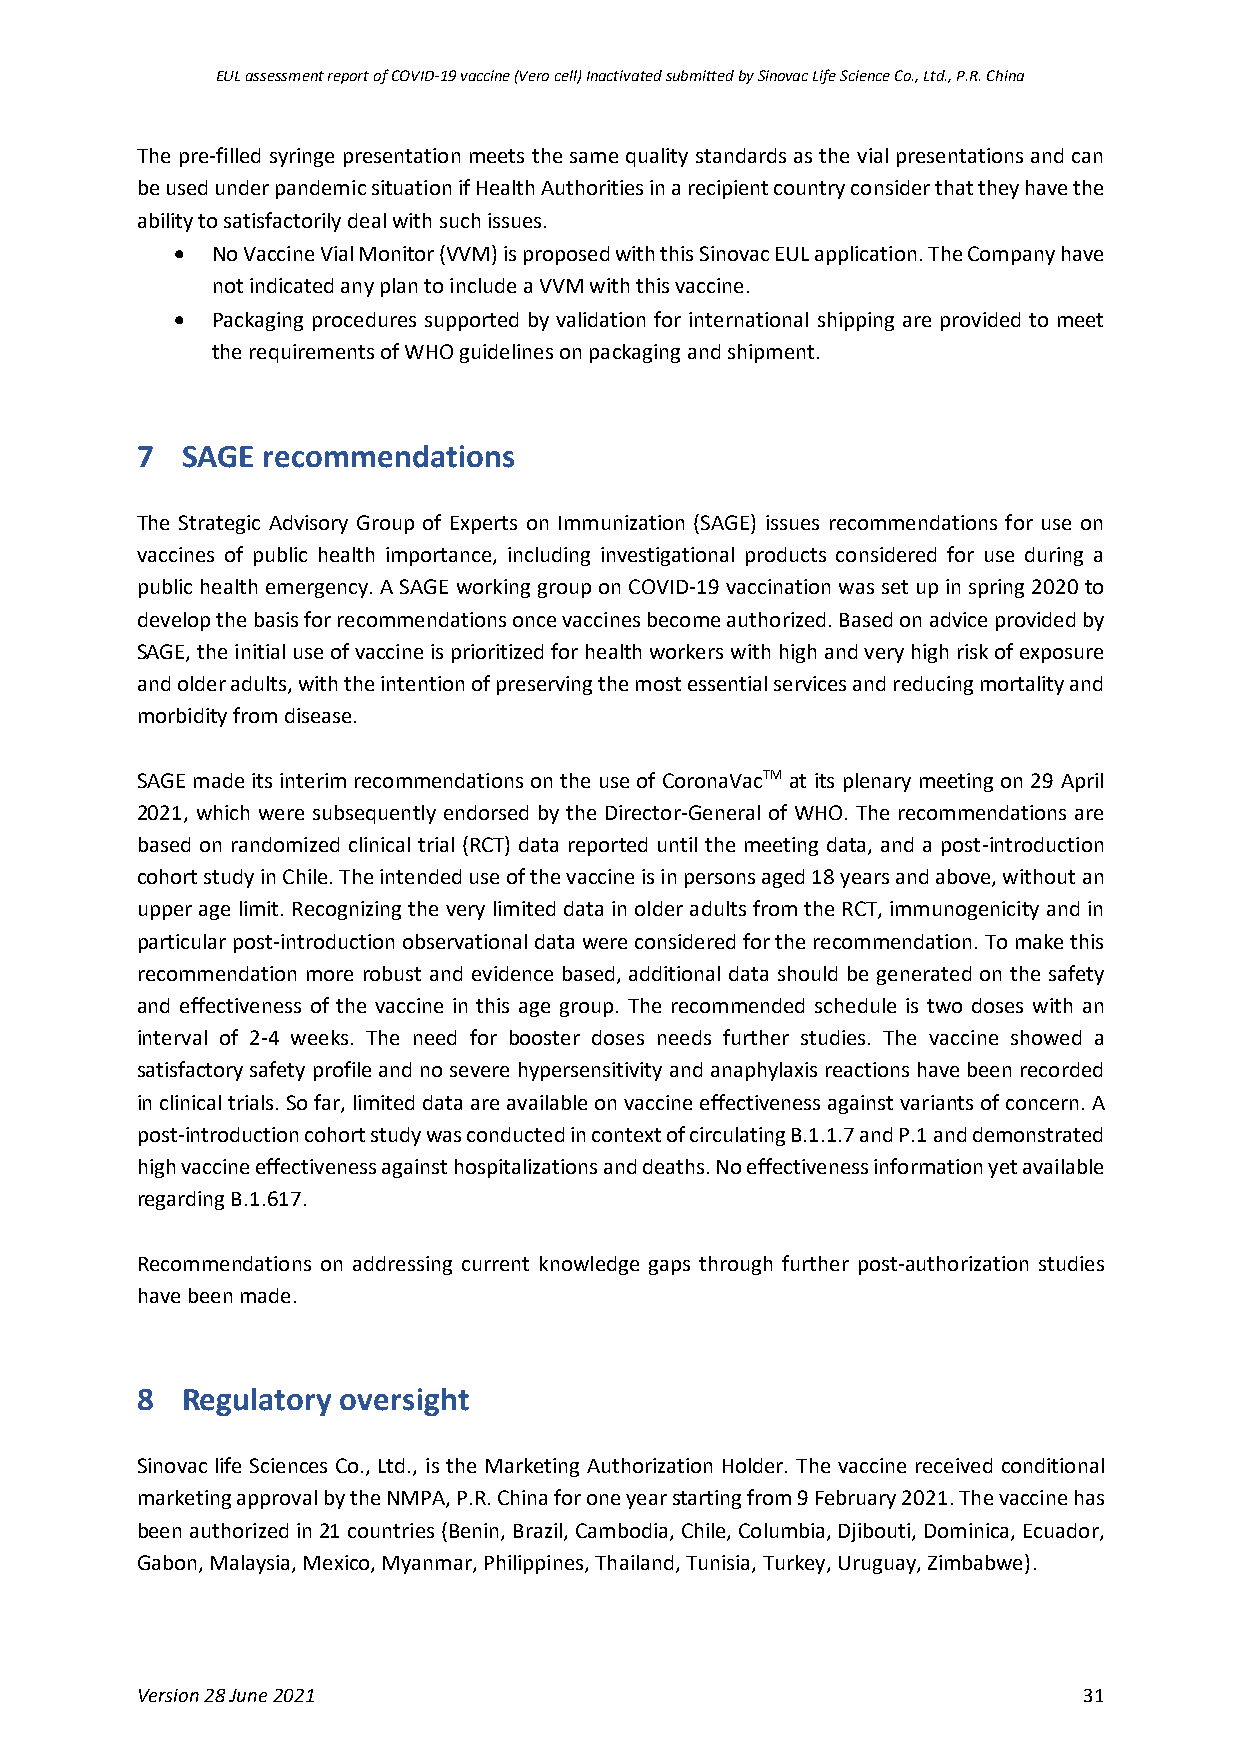
EUL assessment report of COVID-19 vaccine (Vero cell) Inactivated submitted by Sinovac Life Science Co., Ltd., P.R. China
 The pre-filled syringe presentation meets the same quality standards as the vial presentations and can
 be used under pandemic situation if Health Authorities in a recipient country consider that they have the
 ability to satisfactorily deal with such issues.
 • No Vaccine Vial Monitor (VVM) is proposed with this Sinovac EUL application. The Company have
 not indicated any plan to include a VVM with this vaccine.
 • Packaging procedures supported by validation for international shipping are provided to meet
 the requirements of WHO guidelines on packaging and shipment.
 7  SAGE recommendations
 The Strategic Advisory Group of Experts on Immunization (SAGE) issues recommendations for use on
 vaccines of public health importance, including investigational products considered for use during a
 public health emergency. A SAGE working group on COVID-19 vaccination was set up in spring 2020 to
 develop the basis for recommendations once vaccines become authorized. Based on advice provided by
 SAGE, the initial use of vaccine is prioritized for health workers with high and very high risk of exposure
 and older adults, with the intention of preserving the most essential services and reducing mortality and
 morbidity from disease.
 SAGE made its interim recommendations on the use of CoronaVacTM at its plenary meeting on 29 April
 2021, which were subsequently endorsed by the Director-General of WHO. The recommendations are
 based on randomized clinical trial (RCT) data reported until the meeting data, and a post-introduction
 cohort study in Chile. The intended use of the vaccine is in persons aged 18 years and above, without an
 upper age limit. Recognizing the very limited data in older adults from the RCT, immunogenicity and in
 particular post-introduction observational data were considered for the recommendation. To make this
 recommendation more robust and evidence based, additional data should be generated on the safety
 and effectiveness of the vaccine in this age group. The recommended schedule is two doses with an
 interval of 2-4 weeks. The need for booster doses needs further studies. The vaccine showed a
 satisfactory safety profile and no severe hypersensitivity and anaphylaxis reactions have been recorded
 in clinical trials. So far, limited data are available on vaccine effectiveness against variants of concern. A
 post-introduction cohort study was conducted in context of circulating B.1.1.7 and P.1 and demonstrated
 high vaccine effectiveness against hospitalizations and deaths. No effectiveness information yet available
 regarding B.1.617.
 Recommendations on addressing current knowledge gaps through further post-authorization studies
 have been made.
 8  Regulatory oversight
 Sinovac life Sciences Co., Ltd., is the Marketing Authorization Holder. The vaccine received conditional
 marketing approval by the NMPA, P.R. China for one year starting from 9 February 2021. The vaccine has
 been authorized in 21 countries (Benin, Brazil, Cambodia, Chile, Columbia, Djibouti, Dominica, Ecuador,
 Gabon, Malaysia, Mexico, Myanmar, Philippines, Thailand, Tunisia, Turkey, Uruguay, Zimbabwe).
 Version 28 June 2021                                           31